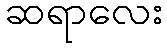
ဆရာလေး